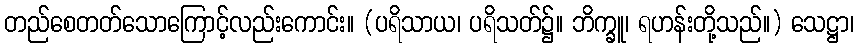
တည်စေတတ်သောကြောင့်လည်းကောင်း။ (ပရိသာယ၊ ပရိသတ်၌။ ဘိက္ခူ၊ ရဟန်းတို့သည်။) သေဋ္ဌာ၊